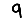
Digit: 9